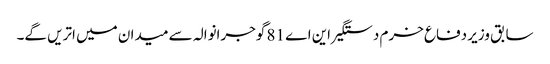
سابق وزیر دفاع خرم دستگیر این اے 81 گوجرانوالہ سے میدان میں اتریں گے۔